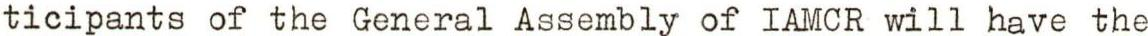
ticipants of the General Assembly of IAMCR will have the